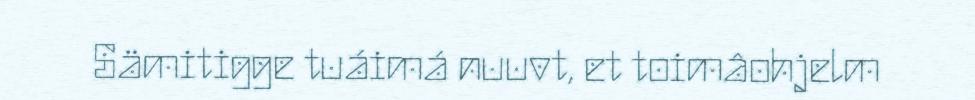
Sämitigge tuáimá nuuvt, et toimâohjelm